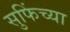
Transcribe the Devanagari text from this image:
सुफिंच्या